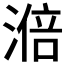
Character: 𣻃